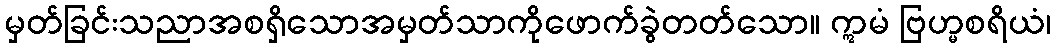
မှတ်ခြင်းသညာအစရှိသောအမှတ်သာကိုဖောက်ခွဲတတ်သော။ ဣမံ ဗြဟ္မစရိယံ၊